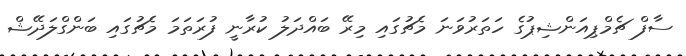
ސާފް ޗެމްޕިއަންޝިޕުގެ ހަތަރުވަނަ މެޗުގައި މިރޭ ބައްދަލު ކުރާނީ ފުރަތަމަ މެޗުގައި ބަންގްލަދޭޝް